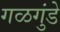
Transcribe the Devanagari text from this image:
गळगुंडे